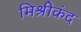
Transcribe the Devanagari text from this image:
मिश्रीकंद